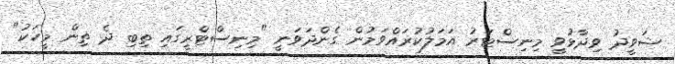
ޝަވީދު ވިދާޅުވީ މިނިސްޓަރު އަމަލުކުރައްވަމުން ގެންދަވަނީ "މިނިސްޓްރީގައި ތިބި ދެ ތިން މީހަކު"